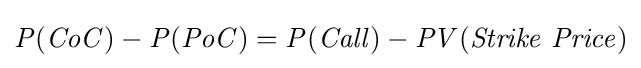
{\mathit {P(CoC)-P(PoC)=P(Call)-PV(Strike\ Price)}}